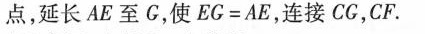
点，延长AE至C，使EG=AE，连接CG，CF.